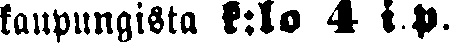
kaupungista k:lo 4 i. p.